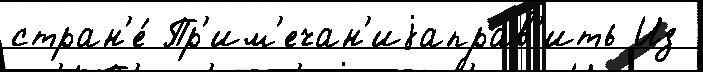
стран'е́ Пр'им'ечан'иjаправ'ить Из